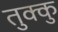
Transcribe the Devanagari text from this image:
तुक्कु